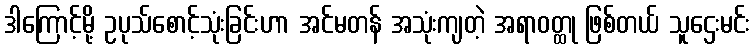
ဒါကြောင့်မို့ ဥပုသ်စောင့်သုံးခြင်းဟာ အင်မတန် အသုံးကျတဲ့ အရာဝတ္ထု ဖြစ်တယ် သူဌေးမင်း